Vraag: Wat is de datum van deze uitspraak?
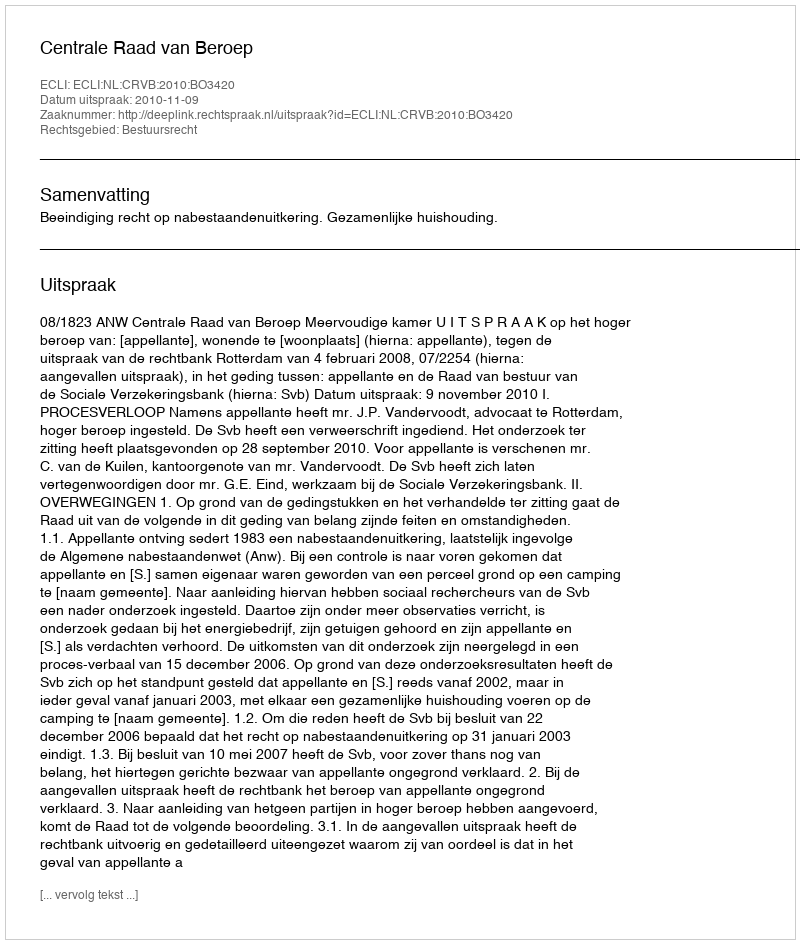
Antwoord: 2010-11-09